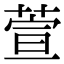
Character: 萱